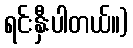
ရင်းနှီးပါတယ်။)